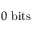
0 ~ \mathrm { b i t s }